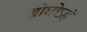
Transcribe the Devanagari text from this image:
बोधोऽहं